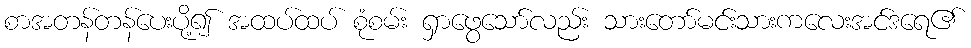
စာအတန်တန်ပေးပို့၍ အထပ်ထပ် စုံစမ်း ရှာဖွေသော်လည်း သားတော်မင်းသားကလေးအင်ဒရေ၏